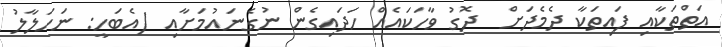
އަތްތަކާއި ފައިތަކާ ދެމެދަށް  ދޮގު ވާހަކައެއް ހަދައިގެން ނުގެނައުމަށާއި (އެބަހީ: ނަހަލާލު